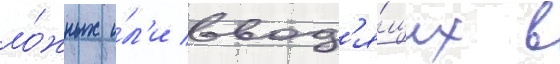
ло́жных и́л'и ввод'я́щих в